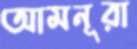
আমনূরা